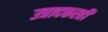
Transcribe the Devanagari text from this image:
उत्रादकरही